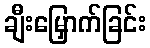
ချီးမြှောက်ခြင်း